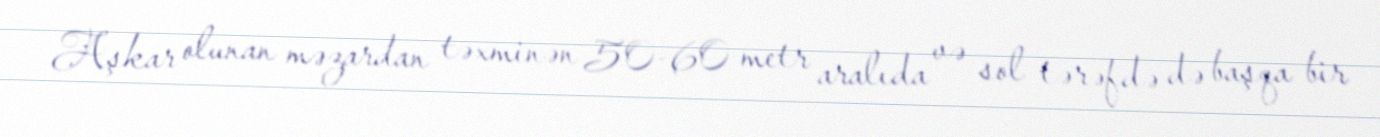
Aşkar olunan məzardan təxminən 50-60 metr aralıda və sol tərəfdə də başqa bir